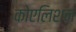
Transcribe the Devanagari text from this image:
कोएलिशन